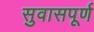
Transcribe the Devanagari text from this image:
सुवासपूर्ण